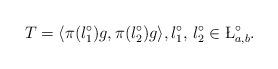
LaTeX: \begin{align*}T = \langle \pi(\l_1^\circ) g, \pi(\l_2^\circ) g \rangle, \l_1^\circ, \, \l_2^\circ \in \L^\circ_{a,b}.\end{align*}